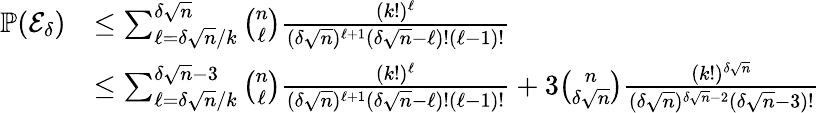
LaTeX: \begin{array}{rl}{\mathbb{P}(\mathcal{E}_{\delta})}&{\leq\sum_{\ell=\delta\sqrt{n}/k}^{\delta\sqrt{n}}\binom{n}{\ell}\frac{(k!)^{\ell}}{(\delta\sqrt{n})^{\ell+1}(\delta\sqrt{n}-\ell)!(\ell-1)!}}\\ &{\leq\sum_{\ell=\delta\sqrt{n}/k}^{\delta\sqrt{n}-3}\binom{n}{\ell}\frac{(k!)^{\ell}}{(\delta\sqrt{n})^{\ell+1}(\delta\sqrt{n}-\ell)!(\ell-1)!}+3\binom{n}{\delta\sqrt{n}}\frac{(k!)^{\delta\sqrt{n}}}{(\delta\sqrt{n})^{\delta\sqrt{n}-2}(\delta\sqrt{n}-3)!}}\end{array}